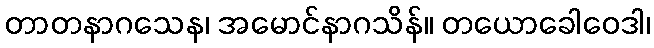
တာတနာဂသေန၊ အမောင်နာဂသိန်။ တယောခေါဝေဒါ၊